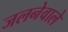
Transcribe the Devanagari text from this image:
जलनेवाले